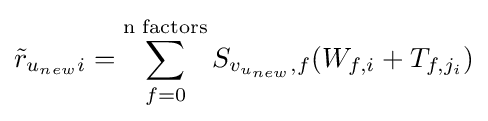
{\tilde {r}}_{u_{new}i}=\sum _{f=0}^{\text{n factors}}S_{v_{u_{new}},f}(W_{f,i}+T_{f,j_{i}})